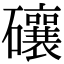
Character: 𥗝